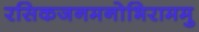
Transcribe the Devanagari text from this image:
रसिकजनमनोभिराममु